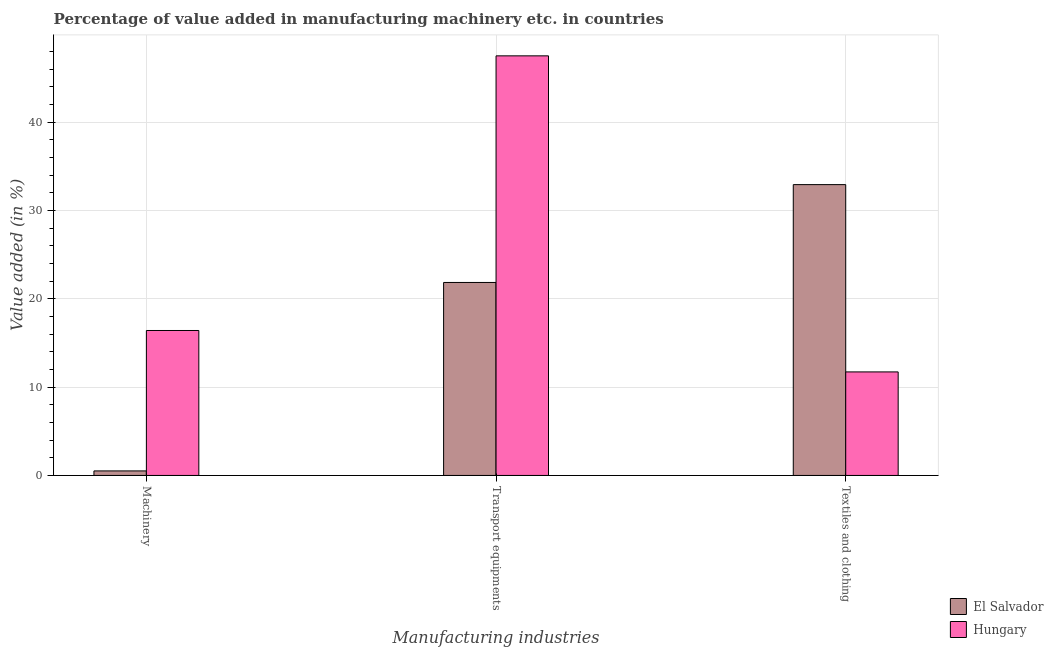
| Manufacturing industries | El Salvador | Hungary |
 | --- | --- | --- |
 | Machinery | 0.513 | 16.4 |
 | Transport equipments | 21.8 | 47.5 |
 | Textiles and clothing | 32.9 | 11.7 |